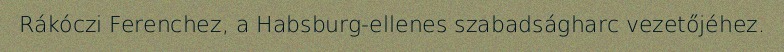
Rákóczi Ferenchez, a Habsburg-ellenes szabadságharc vezetőjéhez.